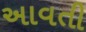
અાવતી